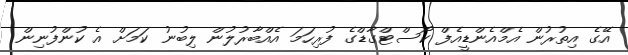
އޭގެ އިތުރުން އެމްއެންޑީއެފް ކޯސްޓްގާޑްގެ ފުރިހަމަ އެއްބާރުލުން ލިބުނު ކަމަށް އެ ކުންފުނިން